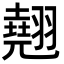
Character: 翹